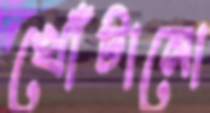
খোঁটানো